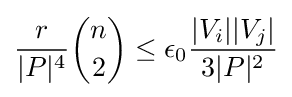
{\frac {r}{|P|^{4}}}{\binom {n}{2}}\leq \epsilon _{0}{\frac {|V_{i}||V_{j}|}{3|P|^{2}}}